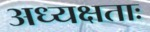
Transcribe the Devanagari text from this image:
अध्यक्षताः